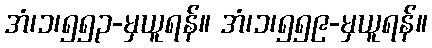
အံ၊၁၊၅၅၃-မှယူရန်။ အံ၊၁၊၅၅၉-မှယူရန်။